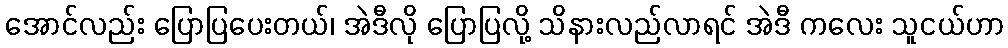
အောင်လည်း ပြောပြပေးတယ်၊ အဲဒီလို ပြောပြလို့ သိနားလည်လာရင် အဲဒီ ကလေး သူငယ်ဟာ